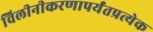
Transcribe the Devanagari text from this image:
विलीनीकरणापर्यंतप्रत्येक